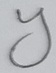
Text: y